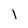
Character: l